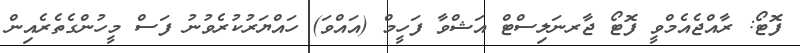
ފޮޓޯ: ރާއްޖެއެމްވީ ފޮޓޯ ޖާރނަލިސްޓް އަޝްވާ ފަހީމް (އައްވަ) ހައްޔަރުކުރެވުނު ފަސް މީހުންގެތެރެއިން